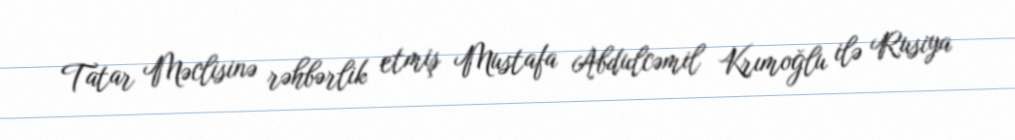
Tatar Məclisinə rəhbərlik etmiş Mustafa Abdulcəmil Krımoğlu ilə Rusiya